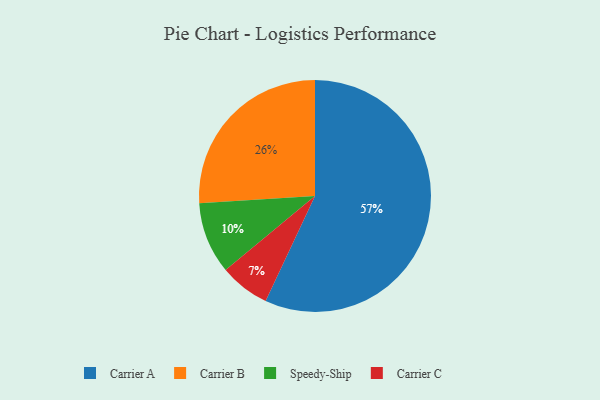
{"axis": {"x": "Category", "y": "Percentage"}, "legend": ["Carrier A", "Carrier B", "Carrier C", "Speedy-Ship"], "data": [{"x": "Carrier C", "y": 7, "type": "Carrier C"}, {"x": "Speedy-Ship", "y": 10, "type": "Speedy-Ship"}, {"x": "Carrier A", "y": 57, "type": "Carrier A"}, {"x": "Carrier B", "y": 26, "type": "Carrier B"}]}